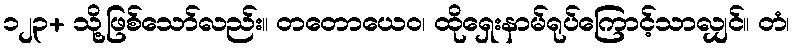
၁၂၃+ သို့ဖြစ်သော်လည်း။ တတောယေဝ၊ ထိုရှေးနာမ်ရုပ်ကြောင့်သာလျှင်။ တံ၊